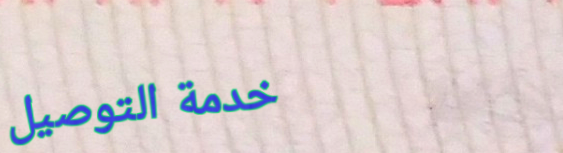
خدمة التوصيل